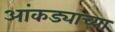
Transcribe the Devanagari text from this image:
आंकड्याच्या